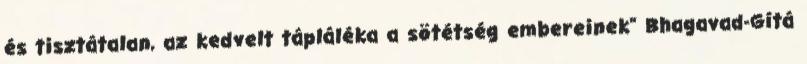
és tisztátalan, az kedvelt tápláléka a sötétség embereinek" Bhagavad-Gítá